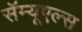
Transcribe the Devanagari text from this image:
सॅम्यूएल्स